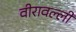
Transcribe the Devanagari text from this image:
वीरावल्ली